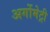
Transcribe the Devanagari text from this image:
अर्गोमेट्री